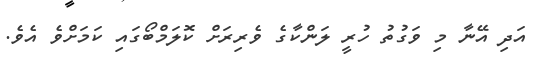
އަދި އޭނާ މި ވަގުތު ހުރީ ލަންކާގެ ވެރިރަށް ކޮލަމްބޯގައި ކަމަށްވެ އެވެ.